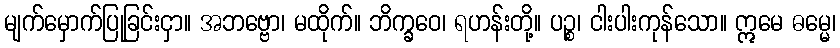
မျက်မှောက်ပြုခြင်းငှာ။ အဘဗ္ဗော၊ မထိုက်။ ဘိက္ခဝေ၊ ရဟန်းတို့။ ပဉ္စ၊ ငါးပါးကုန်သော။ ဣမေ ဓမ္မေ၊